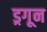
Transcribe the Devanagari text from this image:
ड्रगून